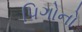
પિગોનો